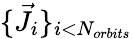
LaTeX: \{ \vec{J}_{i}\} _{i<N_{orbits}}